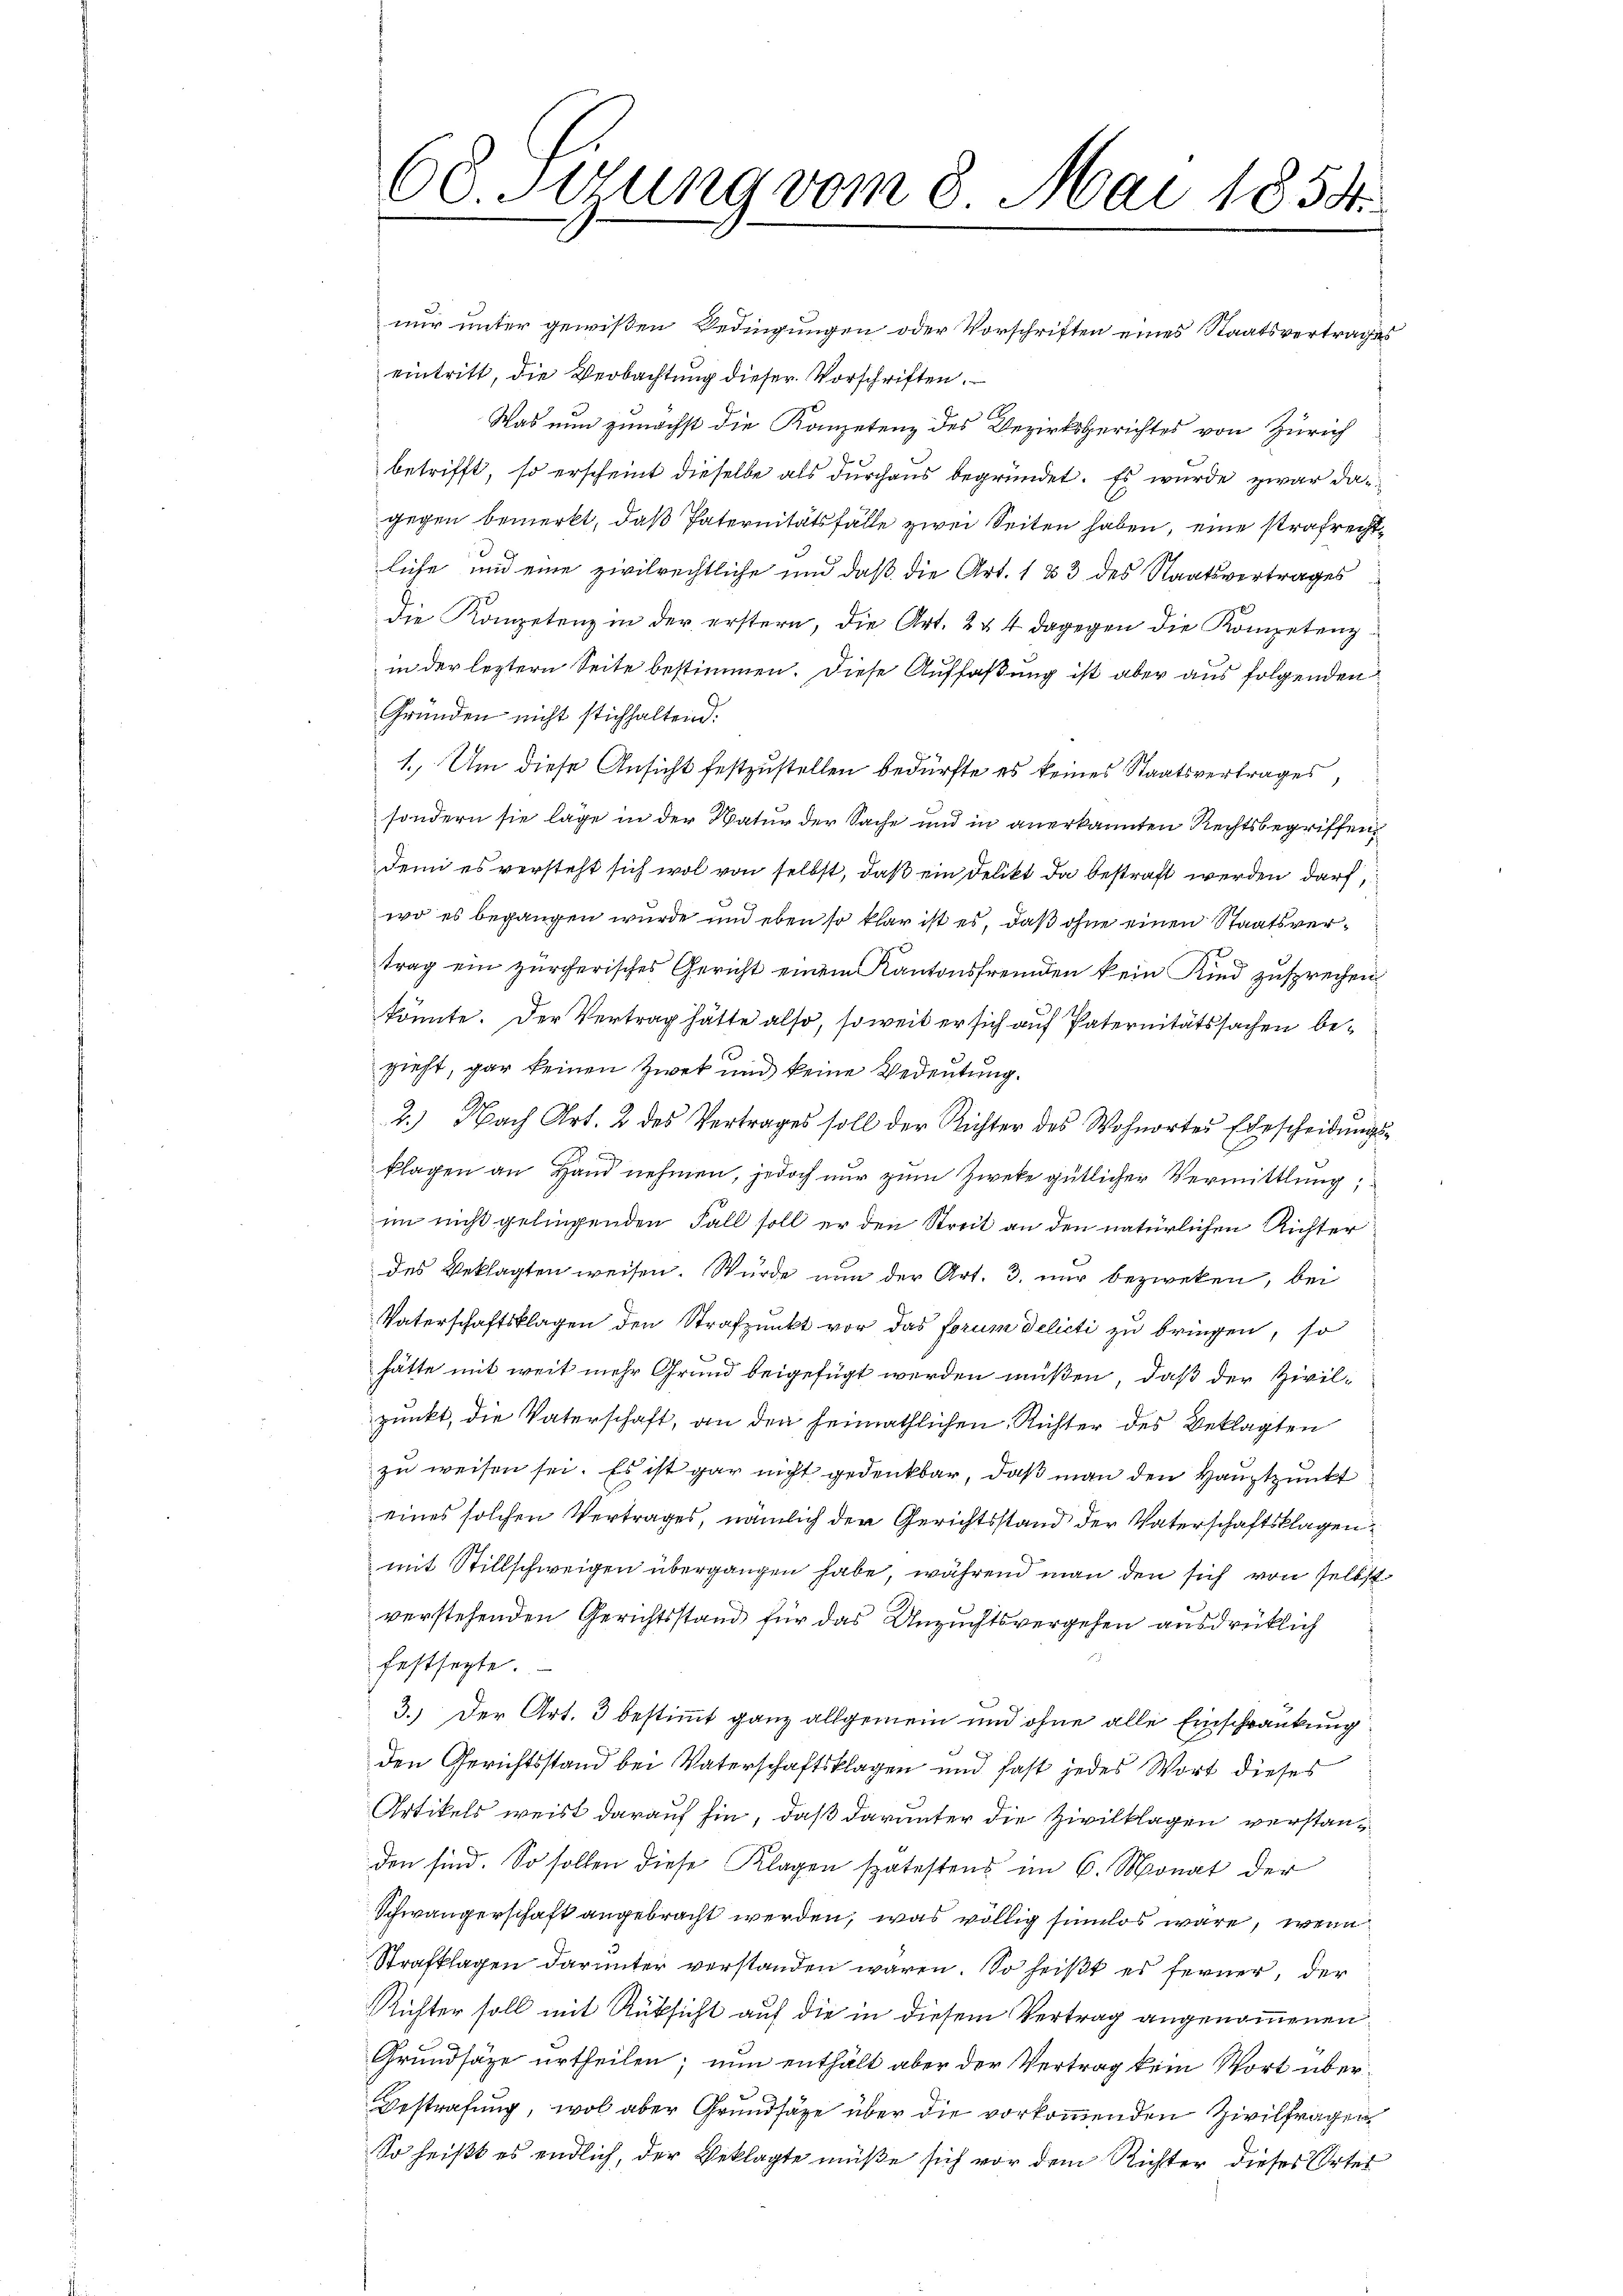
68. Jung vom 8. Mai 1854.

nur unter gewißen Bedingungen oder Vorschriften eines Staatsvertrages
eintritt, die Beobachtung dieser Vorschriften.
Was nun zunächst die Kompetenz des Bezirksgerichtes von Zürich
betrifft, so erscheint dieselbe als durchaus begründet. Es wurde zwar dagegen bemerkt, daß Paternitätsfälle zwei Seiten haben, eine strafrechtliche und eine zivilrechtliche und daß die Art. 133 des Staatsvertrages
die Kompetenz in der erstern, die Art. 2 & 4 dagegen die Kompetenz
in der leztern Seite bestimmen. Diese Auffaßung ist aber aus folgenden
Gründen nicht stichhaltend.
1.) Um diese Ansicht festzustellen bedürfte es keines Staatsvertrages,
sondern sie läge in der Natur der Sache und in anerkannten Rechtsbegriffen
dem es versteht sich wol von selbst, daß ein Delikt da bestraft werden darf,
wo es begangen wurde und eben so klar ist es, daß ohne einen Staatsvertrag ein zürcherisches Gericht einem Kantonsfremden kein Kind zusprechen
könnte. Der Vertrag hätte also, soweit er sich auf Paternitätssachen be¬
1
zieht, gar keinen Zwek und keine Bedeutung.
2.) Nach Art. 2 des Vertrages soll der Richter des Wohnorter Ehescheidŭngs-

klagen an Hand nehmen, jedoch nur zum Zweke gütlicher Vermittlung,
im nicht gelingenden Fall soll er den Streit an den natürlichen Richter
des Beklagten weisen. Würde nun der Art. 3. nur bezweken, bei
Vaterschaftsklagen den Strafpunkt vor das forum delicti zu bringen, so
hätte mit weit mehr Grund beigefügt werden müßen, daß der Zivil-
punkt, die Vaterschaft, an den heimathlichen Richter des Beklagten
zu weisen sei. Es ist gar nicht gedenkbar, daß man den Hauptpunkt
eines solchen Vertrages, nämlich der Gerichtsstand der Vaterschaftsklagen
mit Stillschweigen übergangen habe, während man den sich von selbst
verstehenden Gerichtsstand für das Unzuchtsvergehen ausdrücklich
festsezte.
3.) Der Art. 3 bestimmt ganz allgemein und ohne alle Einschränkung
den Gerichtsstand bei Vaterschaftsklagen und fast jedes Wort dieses
Artikels weist darauf hin, daß darunter die Zivilklagen verstanden sind. So sollen diese Klagen spätestens im 6. Monat der
Schwangerschaft angebracht werden, was völlig sinnlos wäre, wenn
Strafklagen darunter verstanden waren. So heißt es ferner, der
Richter soll mit Rüksicht auf die in diesem Vertrag angenommenen
Grundsätze urtheilen; nun enthält aber der Vertrag kein Wort über¬
Bestrafung, wol aber Grundsäge über die vorkommenden Zivilfragen
So heißt es endlich, der Beklagte müße sich vor dem Richter dieses Ortes